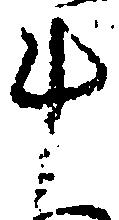
斗